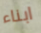
ابناء